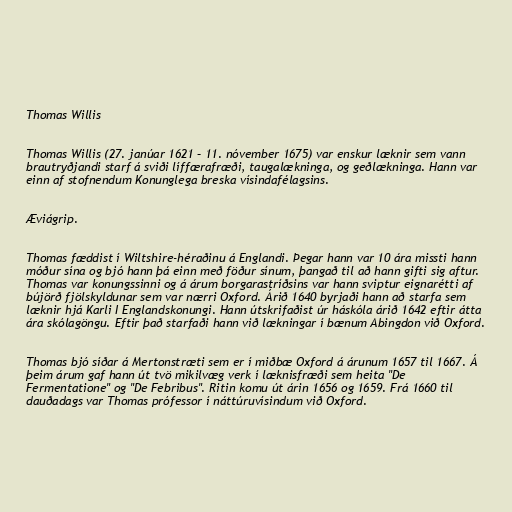
Thomas Willis

Thomas Willis (27. janúar 1621 – 11. nóvember 1675) var enskur læknir sem vann
brautryðjandi starf á sviði líffærafræði, taugalækninga, og geðlækninga. Hann var
einn af stofnendum Konunglega breska vísindafélagsins.

Æviágrip.

Thomas fæddist í Wiltshire-héraðinu á Englandi. Þegar hann var 10 ára missti hann
móður sína og bjó hann þá einn með föður sínum, þangað til að hann gifti sig aftur.
Thomas var konungssinni og á árum borgarastríðsins var hann sviptur eignarétti af
bújörð fjölskyldunar sem var nærri Oxford. Árið 1640 byrjaði hann að starfa sem
læknir hjá Karli I Englandskonungi. Hann útskrifaðist úr háskóla árið 1642 eftir átta
ára skólagöngu. Eftir það starfaði hann við lækningar í bænum Abingdon við Oxford.

Thomas bjó síðar á Mertonstræti sem er í miðbæ Oxford á árunum 1657 til 1667. Á
þeim árum gaf hann út tvö mikilvæg verk í læknisfræði sem heita "De
Fermentatione" og "De Febribus". Ritin komu út árin 1656 og 1659. Frá 1660 til
dauðadags var Thomas prófessor í náttúruvísindum við Oxford.